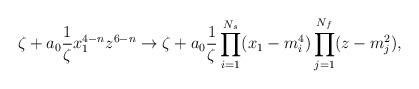
LaTeX: \begin{align*}\zeta+a_0\frac{1}{\zeta} x_1^{4-n}z^{6-n} \to\zeta+a_0\frac{1}{\zeta}\prod_{i=1}^{N_s}(x_1-m^4_i)\prod_{j=1}^{N_f}(z-m_j^2),\end{align*}